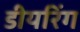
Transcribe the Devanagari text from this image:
डीयरिंग